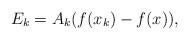
LaTeX: \begin{align*}E_k = A_k (f(x_k) - f(x)),\end{align*}